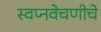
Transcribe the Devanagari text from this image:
स्वप्नवेचणीचे